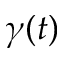
\gamma ( t )